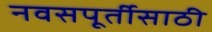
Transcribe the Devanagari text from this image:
नवसपूर्तीसाठी